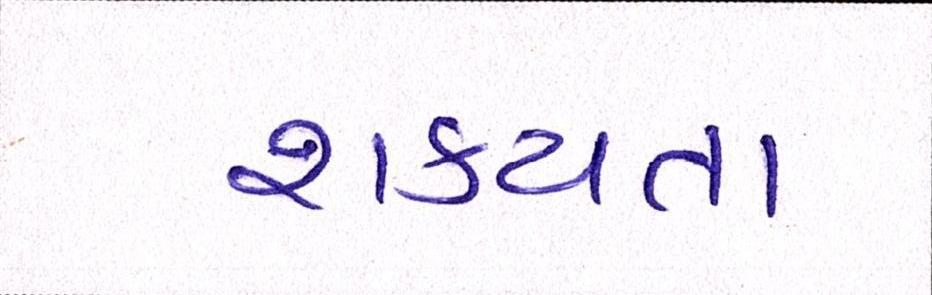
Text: શકયતા